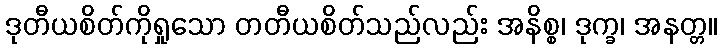
ဒုတီယစိတ်ကိုရှုသော တတီယစိတ်သည်လည်း အနိစ္စ၊ ဒုက္ခ၊ အနတ္တ။